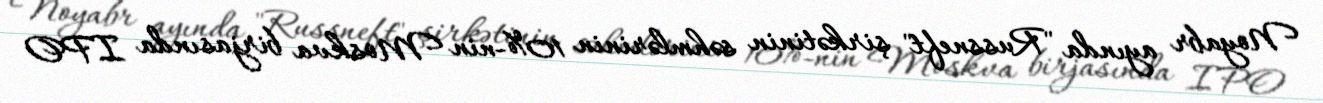
Noyabr ayında "Russneft" şirkətinin səhmlərinin 10%-nin Moskva birjasında IPO